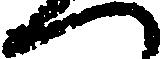
へ